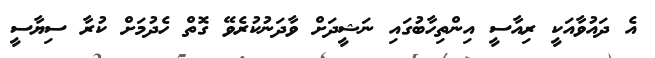
އެ ދައުވާއަކީ ރިއާސީ އިންތިހާބުގައި ނަޝީދަށް ވާދަނުކުރެވޭ ގޮތް ހެދުމަށް ކުރާ ސިޔާސީ